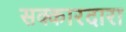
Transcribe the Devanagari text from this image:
सक्कारदारा